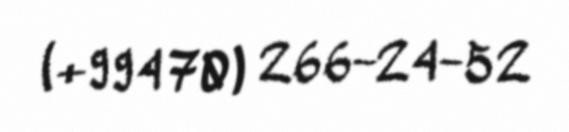
(+994 70) 266-24-52